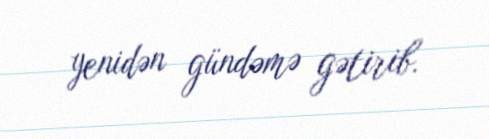
yenidən gündəmə gətirib.